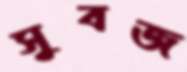
সুবজ